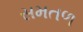
સમતળ